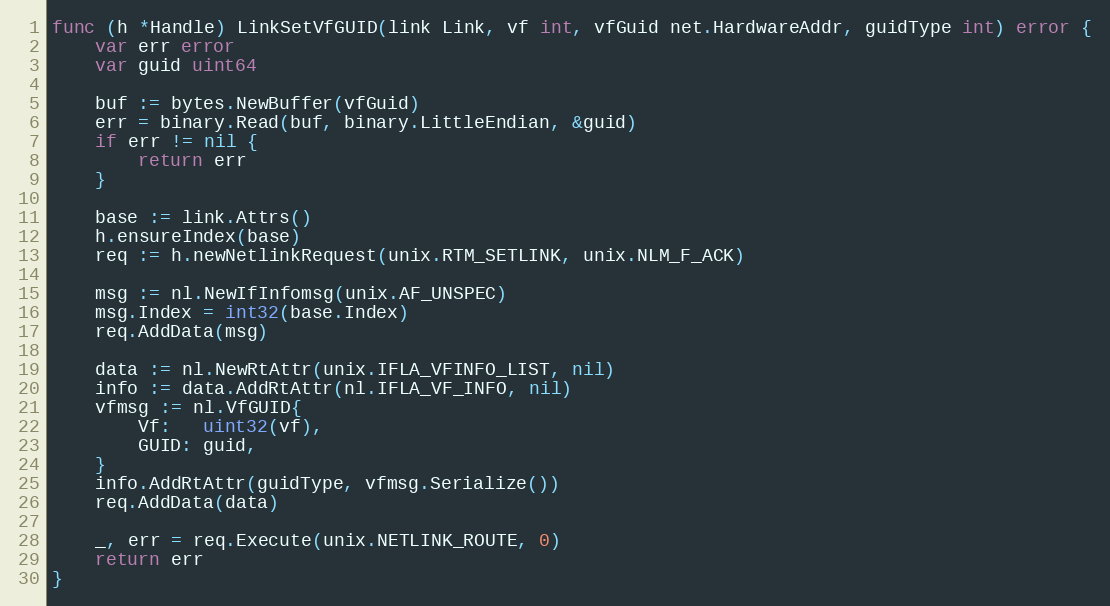
Language: Go
func (h *Handle) LinkSetVfGUID(link Link, vf int, vfGuid net.HardwareAddr, guidType int) error {
	var err error
	var guid uint64

	buf := bytes.NewBuffer(vfGuid)
	err = binary.Read(buf, binary.LittleEndian, &guid)
	if err != nil {
		return err
	}

	base := link.Attrs()
	h.ensureIndex(base)
	req := h.newNetlinkRequest(unix.RTM_SETLINK, unix.NLM_F_ACK)

	msg := nl.NewIfInfomsg(unix.AF_UNSPEC)
	msg.Index = int32(base.Index)
	req.AddData(msg)

	data := nl.NewRtAttr(unix.IFLA_VFINFO_LIST, nil)
	info := data.AddRtAttr(nl.IFLA_VF_INFO, nil)
	vfmsg := nl.VfGUID{
		Vf:   uint32(vf),
		GUID: guid,
	}
	info.AddRtAttr(guidType, vfmsg.Serialize())
	req.AddData(data)

	_, err = req.Execute(unix.NETLINK_ROUTE, 0)
	return err
}